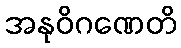
အနုဝိဂဏေတိ